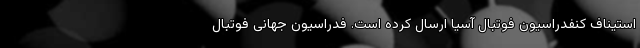
استیناف کنفدراسیون فوتبال آسیا ارسال کرده است. فدراسیون جهانی فوتبال